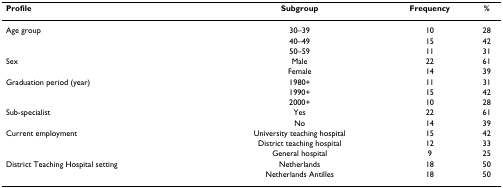
<table><thead><tr><td><b>Profile</b></td><td><b>Subgroup</b></td><td><b>Frequency</b></td><td><b>%</b></td></tr></thead><tbody><tr><td>Age group</td><td>30–39</td><td>10</td><td>28</td></tr><tr><td></td><td>40–49</td><td>15</td><td>42</td></tr><tr><td></td><td>50–59</td><td>11</td><td>31</td></tr><tr><td>Sex</td><td>Male</td><td>22</td><td>61</td></tr><tr><td></td><td>Female</td><td>14</td><td>39</td></tr><tr><td>Graduation period (year)</td><td>1980+</td><td>11</td><td>31</td></tr><tr><td></td><td>1990+</td><td>15</td><td>42</td></tr><tr><td></td><td>2000+</td><td>10</td><td>28</td></tr><tr><td>Sub-specialist</td><td>Yes</td><td>22</td><td>61</td></tr><tr><td></td><td>No</td><td>14</td><td>39</td></tr><tr><td>Current employment</td><td>University teaching hospital</td><td>15</td><td>42</td></tr><tr><td></td><td>District teaching hospital</td><td>12</td><td>33</td></tr><tr><td></td><td>General hospital</td><td>9</td><td>25</td></tr><tr><td>District Teaching Hospital setting</td><td>Netherlands</td><td>18</td><td>50</td></tr><tr><td></td><td>Netherlands Antilles</td><td>18</td><td>50</td></tr></tbody></table>